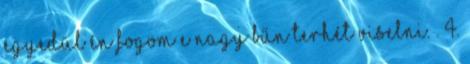
egyedül én fogom e nagy bűn terhét viselni.”. 4.